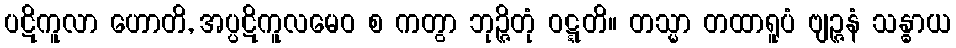
ပဋိကူလာ ဟောတိ, အပ္ပဋိကူလမေဝ စ ကတွာ ဘုဉ္ဇိတုံ ဝဋ္ဋတိ။ တသ္မာ တထာရူပံ ဗျဉ္ဇနံ သန္ဓာယ